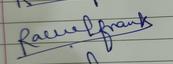
Signature authenticity: genuine